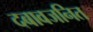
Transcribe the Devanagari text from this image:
दबावजनित